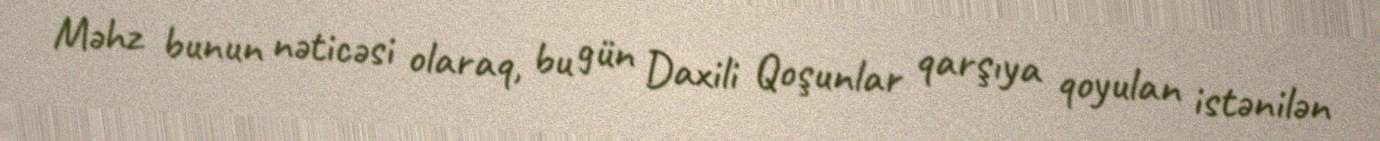
Məhz bunun nəticəsi olaraq, bu gün Daxili Qoşunlar qarşıya qoyulan istənilən